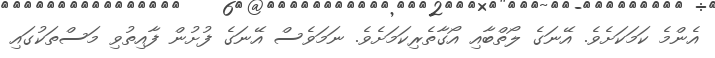
އެންމެ ކަމަކަށެވެ. އޭނަގެ ލޯތްބާއި އޯގާތެރިކަމަށެވެ. ނަމަވެސް އޭނަގެ ފުށުން ފާއިތުވި މަސްތަކުގައި